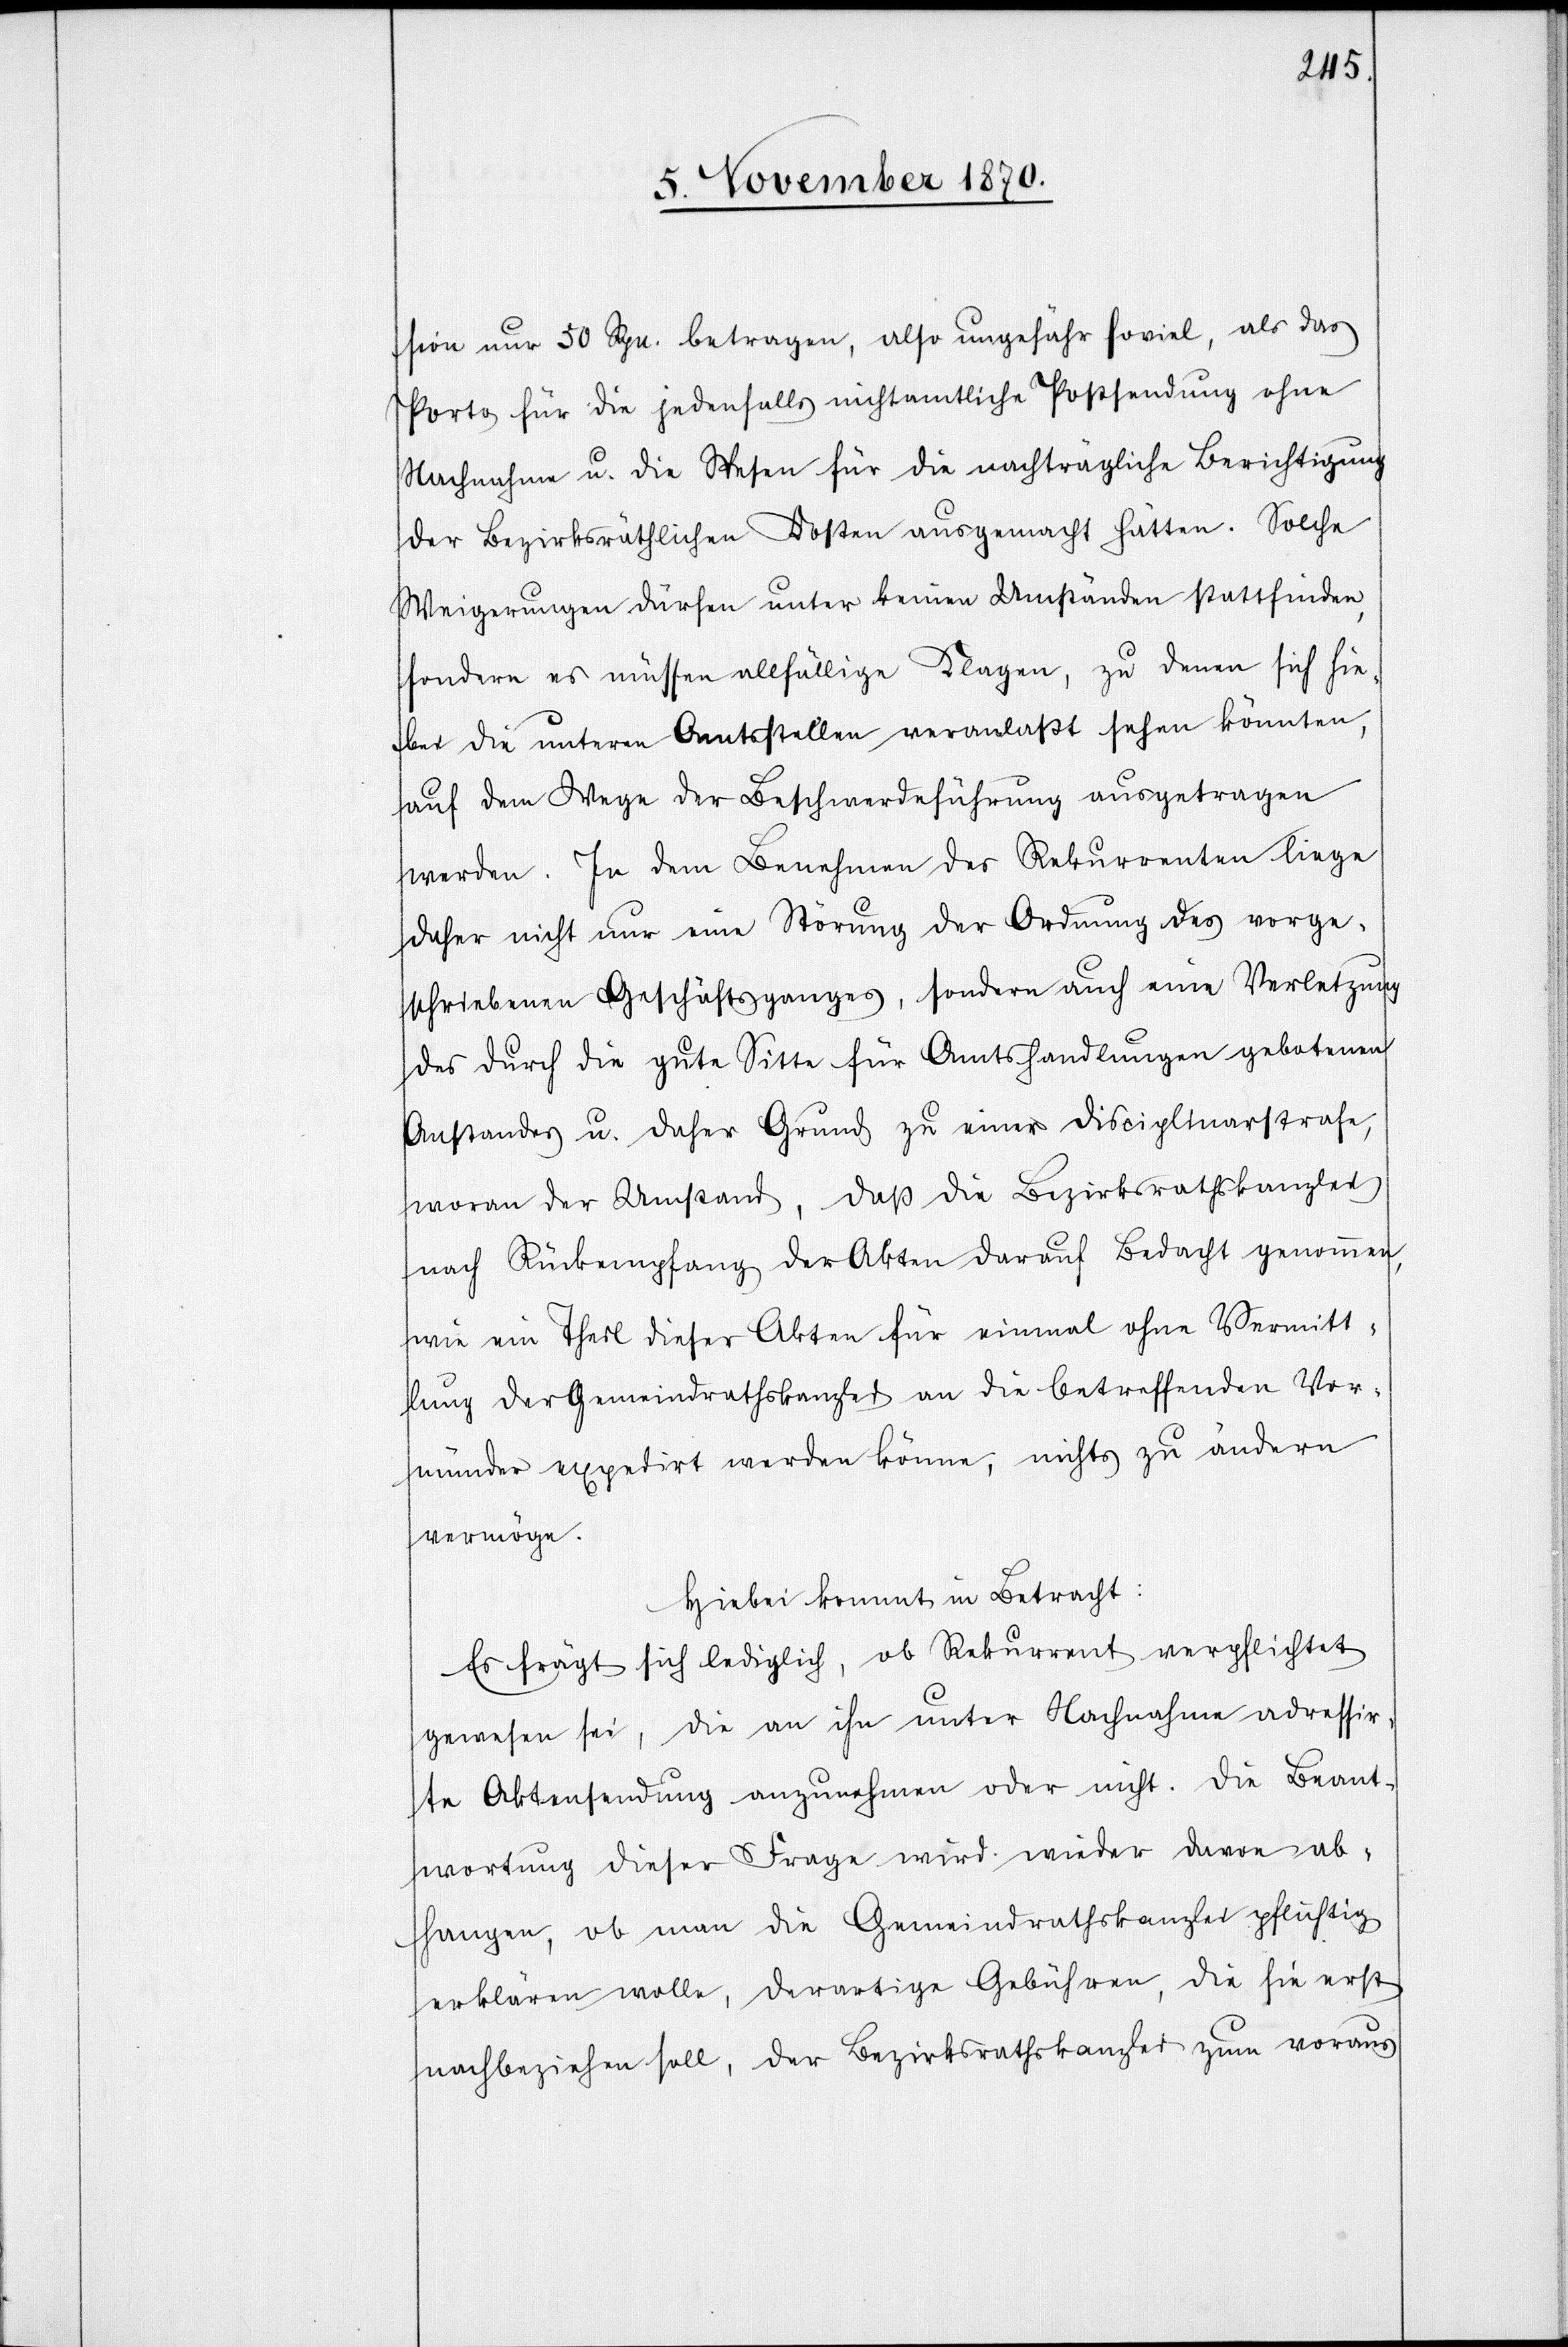
sion nur 50 Rpn. betragen, also ungefähr soviel, als das
Porto für die jedenfalls nichtamtliche Postsendung ohne
Nachnahme u. die Spesen für die nachträgliche Berichtigung
der bezirksräthlichen Kosten ausgemacht hätten. Solche
Weigerungen dürfen unter keinen Umständen stattfinden,
sondern es müssen allfällige Klagen, zu denen sich hie¬
bei die unteren Amtsstellen veranlaßt sehen könnten,
auf dem Wege der Beschwerdeführung ausgetragen
werden. In dem Benehmen des Rekurrenten liege
daher nicht nur eine Störung der Ordnung des vorge¬
schriebenen Geschäftsganges, sondern auch eine Verletzung
des durch die gute Sitte für Amtshandlungen gebotenen
Anstandes u. daher Grund zu einer Disciplinarstrafe,
woran der Umstand, daß die Bezirksrathskanzlei
nach Rückempfang der Akten darauf Bedacht genommen,
wie ein Theil dieser Akten für einmal ohne Vermitt¬
lung der Gemeindrathskanzlei an die betreffenden Vor¬
münder expedirt werden könne, nichts zu ändern
vermöge.
Hiebei kommt in Betracht:
Es frägt sich lediglich, ob Rekurrent verpflichtet
gewesen sei, die an ihn unter Nachnahme adressir¬
te Aktensendung anzunehmen oder nicht. Die Beant¬
wortung dieser Frage wird wieder davon ab¬
hangen, ob man die Gemeindrathskanzlei pflichtig
erklären wolle, derartige Gebühren, die sie erst
nachbeziehen soll, der Bezirksrathskanzlei zum voraus